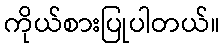
ကိုယ်စားပြုပါတယ်။